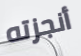
أنجزته